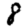
Digit: 8